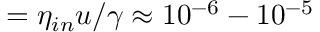
= \eta _ { i n } u / \gamma \approx 1 0 ^ { - 6 } - 1 0 ^ { - 5 }